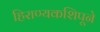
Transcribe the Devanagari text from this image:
हिराण्यकशिपूने